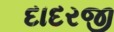
દાદરજી